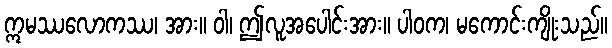
ဣမဿလောကဿ၊ အား။ ဝါ၊ ဤလူအပေါင်းအား။ ပါဝက၊ မကောင်းကျိုးသည်။